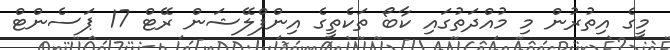
މީގެ އިތުރުން މި މުއްދަތުގައި ކާބޯ ތަކެތީގެ އިންފްލޭޝަން ރޭޓް 17 ޕަސެންޓް